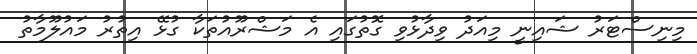
މިނިސްޓަރު ޝައިނީ މިއަދު ވިދާޅުވި ގޮތުގައި އެ މަޝްރޫއުތަކާ ގުޅޭ އިތުރު މައުލޫމާތު